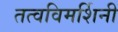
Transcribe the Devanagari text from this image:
तत्वविमर्शिनी